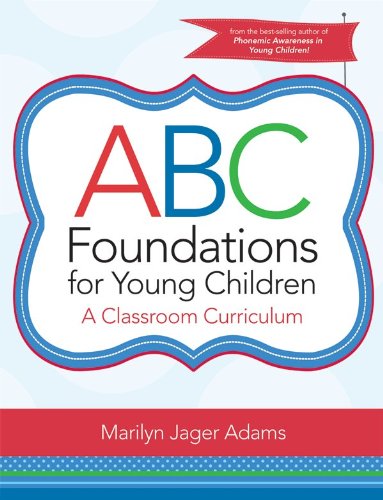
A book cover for ABC Foundations for Young Children: A Classroom Curriculum; Marilyn Adams Ph.D.; Reference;